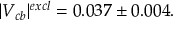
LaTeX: | V _ { c b } | ^ { e x c l } = 0 . 0 3 7 \pm 0 . 0 0 4 .